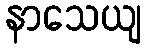
နာသေယျ